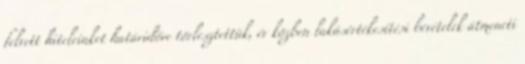
felvett hiteleinket határidőre törlesztettük, év közben lakásértékesítési bevételek átmeneti